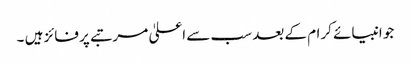
جو انبیائے کرام کے بعد سب سے اعلیٰ مرتبے پر فائز ہیں ۔